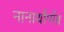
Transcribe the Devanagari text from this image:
नानार्थार्णव